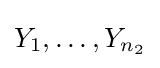
Y_{1},\ldots ,Y_{n_{2}}